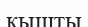
қышты